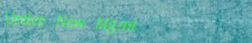
Under New Mgmt